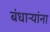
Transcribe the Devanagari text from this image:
बंधाऱ्यांना